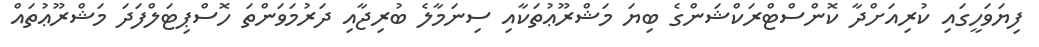
ފިޔަވަހީގައި ކުރިއަށްދާ ކޮންސްޓްރަކްޝަންގެ ބިޔަ މަޝްރޫޢުތަކާއި ސިނަމާލެ ބުރިޖާއި ދަރުމަވަންތަ ހޮސްޕިޓަލްފަދަ މަޝްރޫޢުތައް